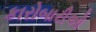
કારોબારીઓ